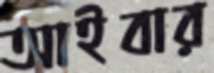
আইবার